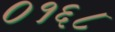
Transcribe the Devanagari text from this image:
०१६८